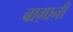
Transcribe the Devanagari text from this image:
बाग़ानी